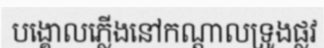
បង្គោលភ្លើងនៅកណ្តាលទ្រូងផ្លវ